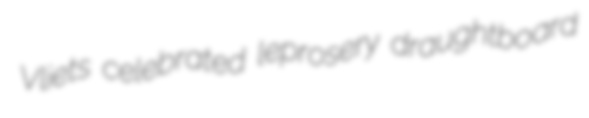
Vliets celebrated leprosery draughtboard